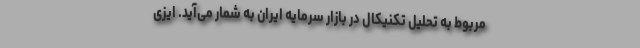
مربوط به تحلیل تکنیکال در بازار سرمایه ایران به شمار می‌آید. ایزی